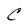
Character: C